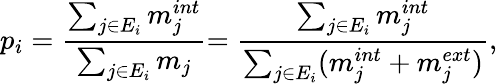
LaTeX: p_{i}=\frac{\sum_{j\in E_{i}}m_{j}^{int}}{\sum_{j\in E_{i}}m_{j}}{=\frac{\sum_{j\in E_{i}}m_{j}^{int}}{\sum_{j\in E_{i}}(m_{j}^{int}+m_{j}^{ext})}},